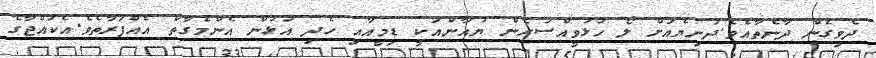
ދެވިގެން ދާނެތާއެވެ.ދުނިޔެއަށް ލޯ ހުޅުވީއްސުރެން ޔުއާންއަކީ ޑިމީއާއި ހެދި އުޅުން އެންމެގާތް އެއްފަރާތެވެ.އެކުއްޖާގެ